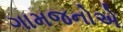
ગામજનોએ